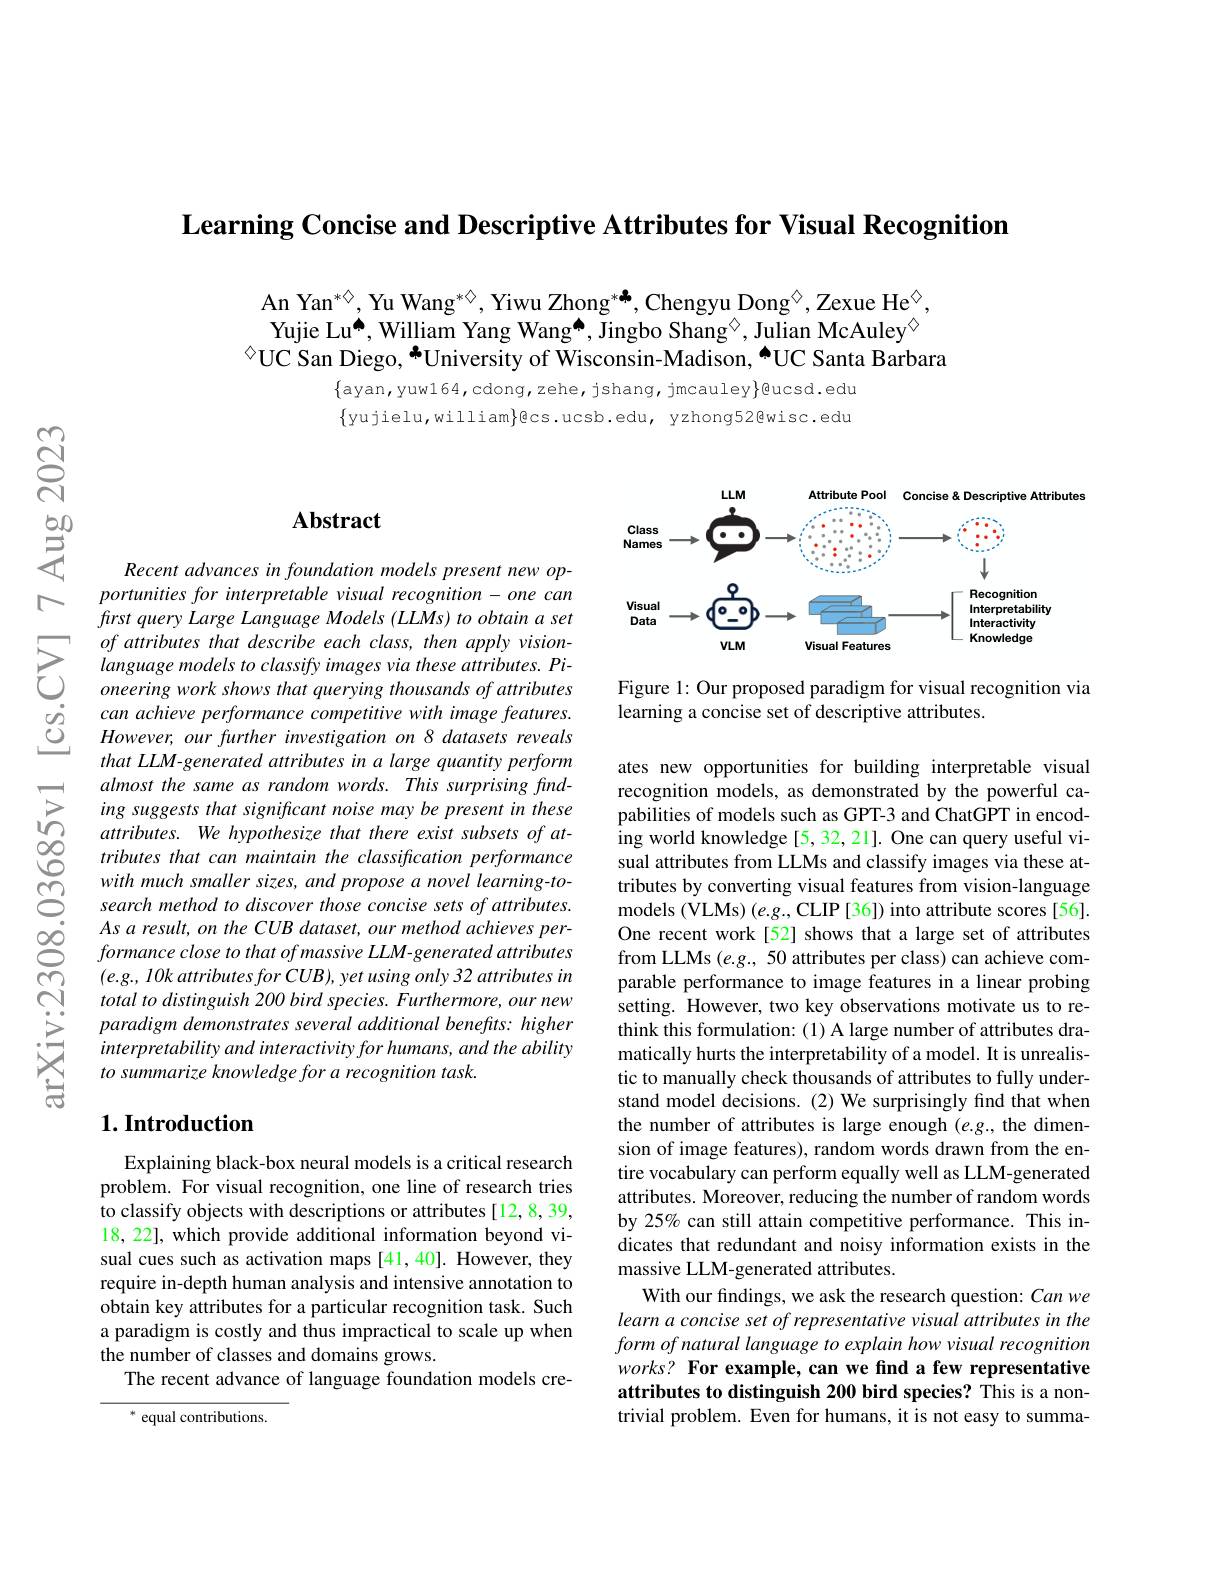
$\textbf{Learning Concise and Descriptive Attributes for Visual Recognition}$

An Yan$^*\diamondsuit$, Yu Wang$^{*\diamondsuit}$, Yiwu Zhong$^{*\clubsuit}$, Chengyu Dong$^\diamondsuit$,Zexue He$^\diamondsuit$, Yujie Lu[INDEX] William Yang Wang[INDEX], Jingbo Shang◇, Julian McAuley$^{\textcircled{\mathrm{o}}}$
$^{\textcircled{\circ}}$UC San Diego, $^{*}$University of Wisconsin-Madison, $^{\bullet}$UC Santa Barbara

$\{$ayan, yuw164, cdong, zehe, jshang, jmcauley$\}$@ucsd. edu $\{$yujielu,william$\}$ecs.ucsb.edu, yzhong52@wisc.edu

## $\mathbf{Abstract}$

Recent advances in foundation models present new opportunities for interpretable visual recognition- one can frst query Large Language Models (LLMs) to obtain a set
$\sum_{\begin{array}{ccc}of\text{ attributes that describe each class, then apply vision-}\\&language\text{ models to classify images via these attributes. Pi-}\\&oneering&work\text{ shows that querying thousands of attributes}\end{array}}$
can achieve performance competitive with image features. However, our further investigation on 8 datasets reveals that LLM-generated attributes in a large quantity perform almost the same as random words. This surprising finding suggests that significant noise may be present in these attributes. We hypothesize that there exist subsets of attributes that can maintain the classification performance with much smaller sizes, and propose a novel learning-tosearch method to discover those concise sets of attributes. As a result, on the CUB dataset, our method achieves performance close to that of massive LLM-generated attributes $(e.g.,10kattributesforCUB),yetusingonly32attributesin$ total to distinguish 200 bird species. Furthermore, our new paradigm demonstrates several additional benefits: higher interpretability and interactivity for humans, and the ability to summarize knowledge for a recognition task.

### $1. \textbf{Introduction}$

Explaining black-box neural models is a critical research problem. For visual recognition, one line of research tries to classify objects with descriptions or attributes [12,8,39, 18, 22], which provide additional information beyond visual cues such as activation maps [41,40]. However, they require in-depth human analysis and intensive annotation to obtain key attributes for a particular recognition task. Such a paradigm is costly and thus impractical to scale up when the number of classes and domains grows.
The recent advance of language foundation models cre-

equal contributions

<FigureHere>

Figure 1: Our proposed paradigm for visual recognition via
learning a concise set of descriptive attributes.

ates new opportunities for building interpretable visual recognition models, as demonstrated by the powerful capabilities of models such as GPT-3 and ChatGPT in encoding world knowledge [5, 32, 21]. One can query useful visual attributes from LLMs and classify images via these attributes by converting visual features from vision-language models (VLMs) (e.g., CLIP [36]) into attribute scores [56]. One recent work[52] shows that a large set of attributes from LLMs $(e.g.,50$ attributes per class) can achieve comparable performance to image features in a linear probing setting. However, two key observations motivate us to rethink this formulation: (1) A large number of attributes dramatically hurts the interpretability of a model. It is unrealistic to manually check thousands of attributes to fully understand model decisions. (2) We surprisingly find that when the number of attributes is large enough (e.g., the dimension of image features), random words drawn from the entire vocabulary can perform equally well as LLM-generated attributes. Moreover, reducing the number of random words by 25% can still attain competitive performance. This indicates that redundant and noisy information exists in the massive LLM-generated attributes.
With our findings, we ask the research question: Can we learn a concise set of representative visual attributes in the form of natural language to explain how visual recognition works? For example, can we find a few representative attributes to distinguish 200 bird species? This is a nontrivial problem. Even for humans, it is not easy to summa-